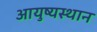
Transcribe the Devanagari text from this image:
आयुष्यस्थान